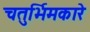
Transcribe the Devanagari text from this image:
चतुर्भिमकारे